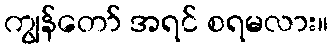
ကျွန်တော် အရင် စရမလား။